Report on vaccination in Madras 1895-1903 - 1895-1903
Year: 1895
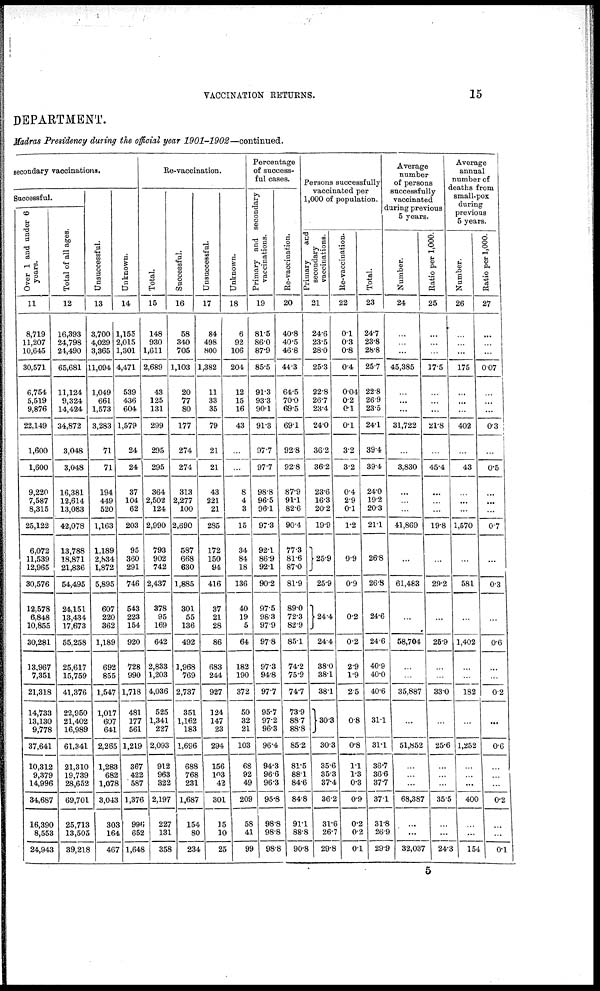
VACCINATION RETURNS.
15
DEPARTMENT.
Madras Presidency during the official year
1901-1902—continued.
secondary vaccinations.
Successful.
Over 1 and under 6
years.
11
8,719
11,207
10,645
30,571
6,754
5,519
9,876
22,149
1,600
1,600
9,220
7,587
8,315
25,122
6,072
11,539
12,965
30,576
12,578
6,848
10,855
30,281
13,967
7,351
21,318
14,733
13,130
9,778
37,641
10,312
9,379
14,996
34,687
16,390
8,553
24,943
Total of all ages.
12
16,393
24,798
24,490
65,681
11,124
9,324
14,424
34,872
3,048
3,048
16,381
12,614
13,083
42,078
13,788
18,871
21,836
54,495
24,151
13,434
17,673
55,258
25,617
15,759
41,376
22,950
21,402
16,989
61,341
21,310
19,739
28,652
69,701
25,713
13,505
39,218
Unsuccessful.
13
3,700
4,029
3,365
11,094
1,049
661
1,573
3,283
71
71
194
449
520
1,163
1,189
2,834
1,872
5,895
607
220
362
1,189
692
855
1,547
1,017
607
641
2,265
1,283
682
1,078
3,043
303
164
467
Unknown.
14
1,155
2,015
1,301
4,471
539
436
604
1,579
24
24
37
104
62
203
95
360
291
746
543
223
154
920
728
990
1,718
481
177
561
1,219
367
422
587
1,376
996
652
1,648
Re-vaccination.
Total.
15
148
930
1,611
2,689
43
125
131
299
295
295
364
2,502
124
2,990
793
902
742
2,437
378
95
169
642
2,833
1,203
4,036
525
1,341
227
2,093
912
963
322
2,197
227
131
358
Successful.
16
58
340
705
1,103
20
77
80
177
274
274
313
2,277
100
2,690
587
668
630
1,885
301
55
136
492
1,968
769
2,737
351
1,162
183
1,696
688
768
231
1,687
154
80
234
Unsuccessful.
17
84
498
800
1,382
11
33
35
79
21
21
43
221
21
285
172
150
94
416
37
21
28
86
683
244
927
124
147
23
294
156
103
42
301
15
10
25
Unknown.
18
6
92
106
204
12
15
16
43
...
...
8
4
3
15
34
84
18
136
40
19
5
64
182
190
372
50
32
21
103
68
92
49
209
58
41
99
Percentage
of success-
ful cases.
Primary and secondary
vaccinations.
19
81.5
86.0
87.9
85.5
91.3
93.3
90.1
91.3
97.7
97.7
98.8
96.5
96.1
97.3
92.1
86.9
92.1
90.2
97.5
98.3
97.9
97.8
97.3
94.8
97.7
95.7
97.2
96.3
96.4
94.3
96.6
96.3
95.8
98.8
98.8
98.8
Re-vaccination.
20
40.8
40.5
46.8
44.3
64.5
70.0
69.5
69.1
92.8
92.8
87.9
91.1
82.6
90.4
77.3
81.6
87.0
81.9
89.0
72.3
82.9
85.1
74.2
75.9
74.7
73.9
88.7
88.8
85.2
81.5
88.1
84.6
84.8
91.1
88.8
90.8
Persons successfully
vaccinated per
1,000 of population.
Primary
and
secondary
vaccinations.
21
24.6
23.5
28.0
25.3
22.8
26.7
23.4
24.0
36.2
36.2
23.6
16.3
20.2
19.9
25.9
25.9
24.4
24.4
38.0
38.1
38.1
30.3
30.3
35.6
35.3
37.4
36.2
31.6
26.7
29.8
Re-vaccination.
22
0.1
0.3
0.8
0.4
0.04
0.2
0.1
0.1
3.2
3.2
0.4
2.9
0.1
1.2
0.9
0.9
0.2
0.2
2.9
1.9
2.5
0.8
0.8
1.1
1.3
0.3
0.9
0.2
0.2
0.1
Total.
23
24.7
23.8
28.8
25.7
22.8
26.9
23.5
24.11
39.4
39.4
24.0
19.2
20.3
21.1
26.8
26.8
24.6
24.6
40.9
40.0
40.6
31.1
31.1
36.7
36.6
37.7
37.1
31.8
26.9
29.9
Average
number
of persons
successfully
vaccinated
during previous
5 years.
Number.
24
...
...
...
45,385
...
...
...
31,722
...
3,830
...
...
...
41,869
...
61,483
...
58,704
...
...
35,887
...
51,852
...
...
...
68,387
...
...
32,037
Ratio per 1,000.
25
...
...
...
17.5
...
...
...
21.8
...
45.4
...
...
...
19.8
...
29.2
...
26.9
...
...
33.0
...
25.6
...
...
...
35.5
...
...
24.3
Average
annual
number of
deaths from
small-pox
during
previous
5 years.
Number.
26
...
...
...
175
...
...
...
402
...
43
...
...
...
1,570
...
581
...
1,402
...
...
182
...
1,252
...
...
...
400
...
...
154
Ratio per 1,000.
27
...
...
...
0.07
...
...
...
0.3
...
0.5
...
...
...
0.7
...
0.3
...
0.6
...
...
0.2
...
0.6
...
...
...
0.2
...
...
0.1
5